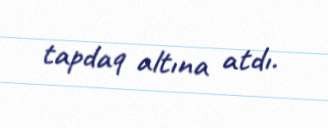
tapdaq altına atdı.